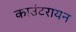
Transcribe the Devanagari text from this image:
काउंटरायन